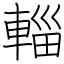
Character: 輜